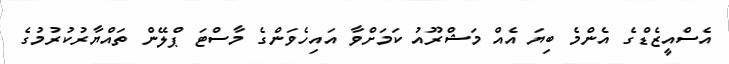
އެސްއީޒެޑްގެ އެންމެ ބިޔަ އެއް މަޝްރޫއު ކަމަށްވާ އައިހެވަންގެ މާސްޓަ ޕްލޭން ތައްޔާރުކުރުމުގެ